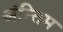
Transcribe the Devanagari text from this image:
अंन्‍तिम